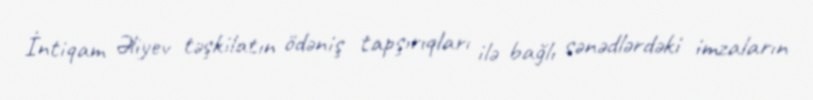
İntiqam Əliyev təşkilatın ödəniş tapşırıqları ilə bağlı sənədlərdəki imzaların